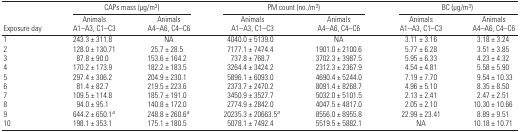
<table><thead><tr><td></td><td colspan="2"><b>CAPs mass (μg/m<sup>3</sup>)</b></td><td colspan="2"><b>PM count (no./m<sup>3</sup>)</b></td><td colspan="2"><b>BC (μg/m<sup>3</sup>)</b></td></tr><tr><td><b>Exposure day</b></td><td><b>Animals A1–A3, C1–C3</b></td><td><b>Animals A4–A6, C4–C6</b></td><td><b>Animals A1–A3, C1–C3</b></td><td><b>Animals A4–A6, C4–C6</b></td><td><b>Animals A1–A3, C1–C3</b></td><td><b>Animals A4–A6, C4–C6</b></td></tr></thead><tbody><tr><td>1</td><td>243.3 ± 311.8</td><td>NA</td><td>4040.0 ± 5139.0</td><td>NA</td><td>3.11 ± 3.16</td><td>3.18 ± 3.24</td></tr><tr><td>2</td><td>128.0 ± 130.71</td><td>25.7 ± 28.5</td><td>7177.1 ± 7474.4</td><td>1901.0 ± 2100.6</td><td>5.77 ± 6.28</td><td>3.51 ± 3.85</td></tr><tr><td>3</td><td>87.8 ± 90.0</td><td>153.6 ± 164.2</td><td>737.8 ± 768.7</td><td>3702.3 ± 3987.5</td><td>5.95 ± 6.33</td><td>4.23 ± 4.32</td></tr><tr><td>4</td><td>170.2 ± 173.9</td><td>182.2 ± 183.5</td><td>3264.4 ± 3424.2</td><td>2312.3 ± 2367.9</td><td>4.54 ± 4.81</td><td>5.58 ± 5.90</td></tr><tr><td>5</td><td>297.4 ± 306.2</td><td>204.9 ± 230.1</td><td>5896.1 ± 6093.0</td><td>4690.4 ± 5244.0</td><td>7.19 ± 7.70</td><td>9.54 ± 10.33</td></tr><tr><td>6</td><td>81.4 ± 82.7</td><td>219.5 ± 223.6</td><td>2373.7 ± 2470.2</td><td>8091.4 ± 8268.7</td><td>4.96 ± 5.10</td><td>8.35 ± 8.50</td></tr><tr><td>7</td><td>109.5 ± 114.8</td><td>185.7 ± 191.0</td><td>3450.9 ± 3527.7</td><td>5032.0 ± 5101.5</td><td>2.13 ± 2.41</td><td>2.47 ± 2.51</td></tr><tr><td>8</td><td>94.0 ± 95.1</td><td>140.8 ± 172.0</td><td>2774.9 ± 2842.0</td><td>4047.5 ± 4817.0</td><td>2.05 ± 2.10</td><td>10.30 ± 10.66</td></tr><tr><td>9</td><td>644.2 ± 650.1a</td><td>248.8 ± 260.6a</td><td>20235.3 ± 20663.5a</td><td>8556.0 ± 8955.8</td><td>22.99 ± 23.41</td><td>8.89 ± 9.51</td></tr><tr><td>10</td><td>198.1 ± 353.1</td><td>175.1 ± 180.5</td><td>5078.1 ± 7492.4</td><td>5519.5 ± 5882.1</td><td>NA</td><td>10.18 ± 10.71</td></tr></tbody></table>